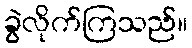
ခွဲလိုက်ကြသည်။